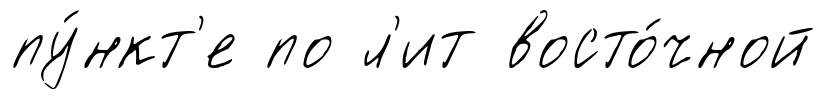
пу́нкт'е по л'ит восто́чной